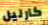
كارليل